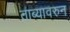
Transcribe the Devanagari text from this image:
ताब्यावरुन